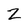
Character: Z